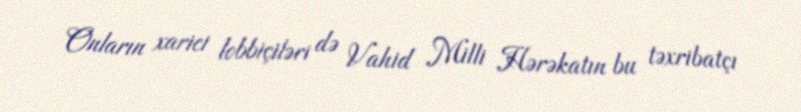
Onların xarici lobbiçiləri də Vahid Milli Hərəkatın bu təxribatçı